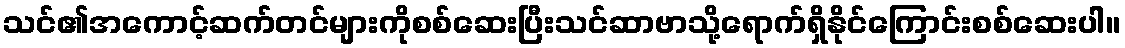
သင်၏အကောင့်ဆက်တင်များကိုစစ်ဆေးပြီးသင်ဆာဗာသို့ရောက်ရှိနိုင်ကြောင်းစစ်ဆေးပါ။